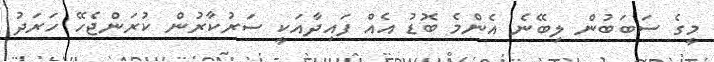
މީގެ ސަބަބުން ލިބޭނެ އެންމެ ބޮޑު އެއް ފައިދާއަކީ ސަރުކާރުން ކުރަންޖެހޭ ހަރަދު